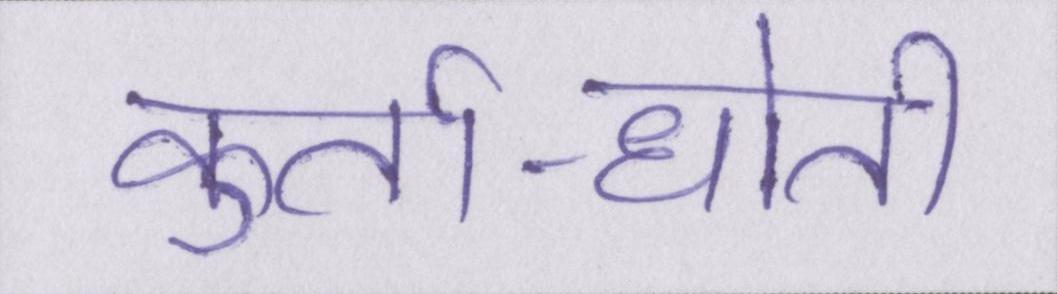
कुर्ता-धोती